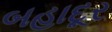
બહાદૂર